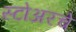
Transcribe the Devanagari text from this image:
स्टोअरचे